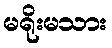
မရိုးမသား